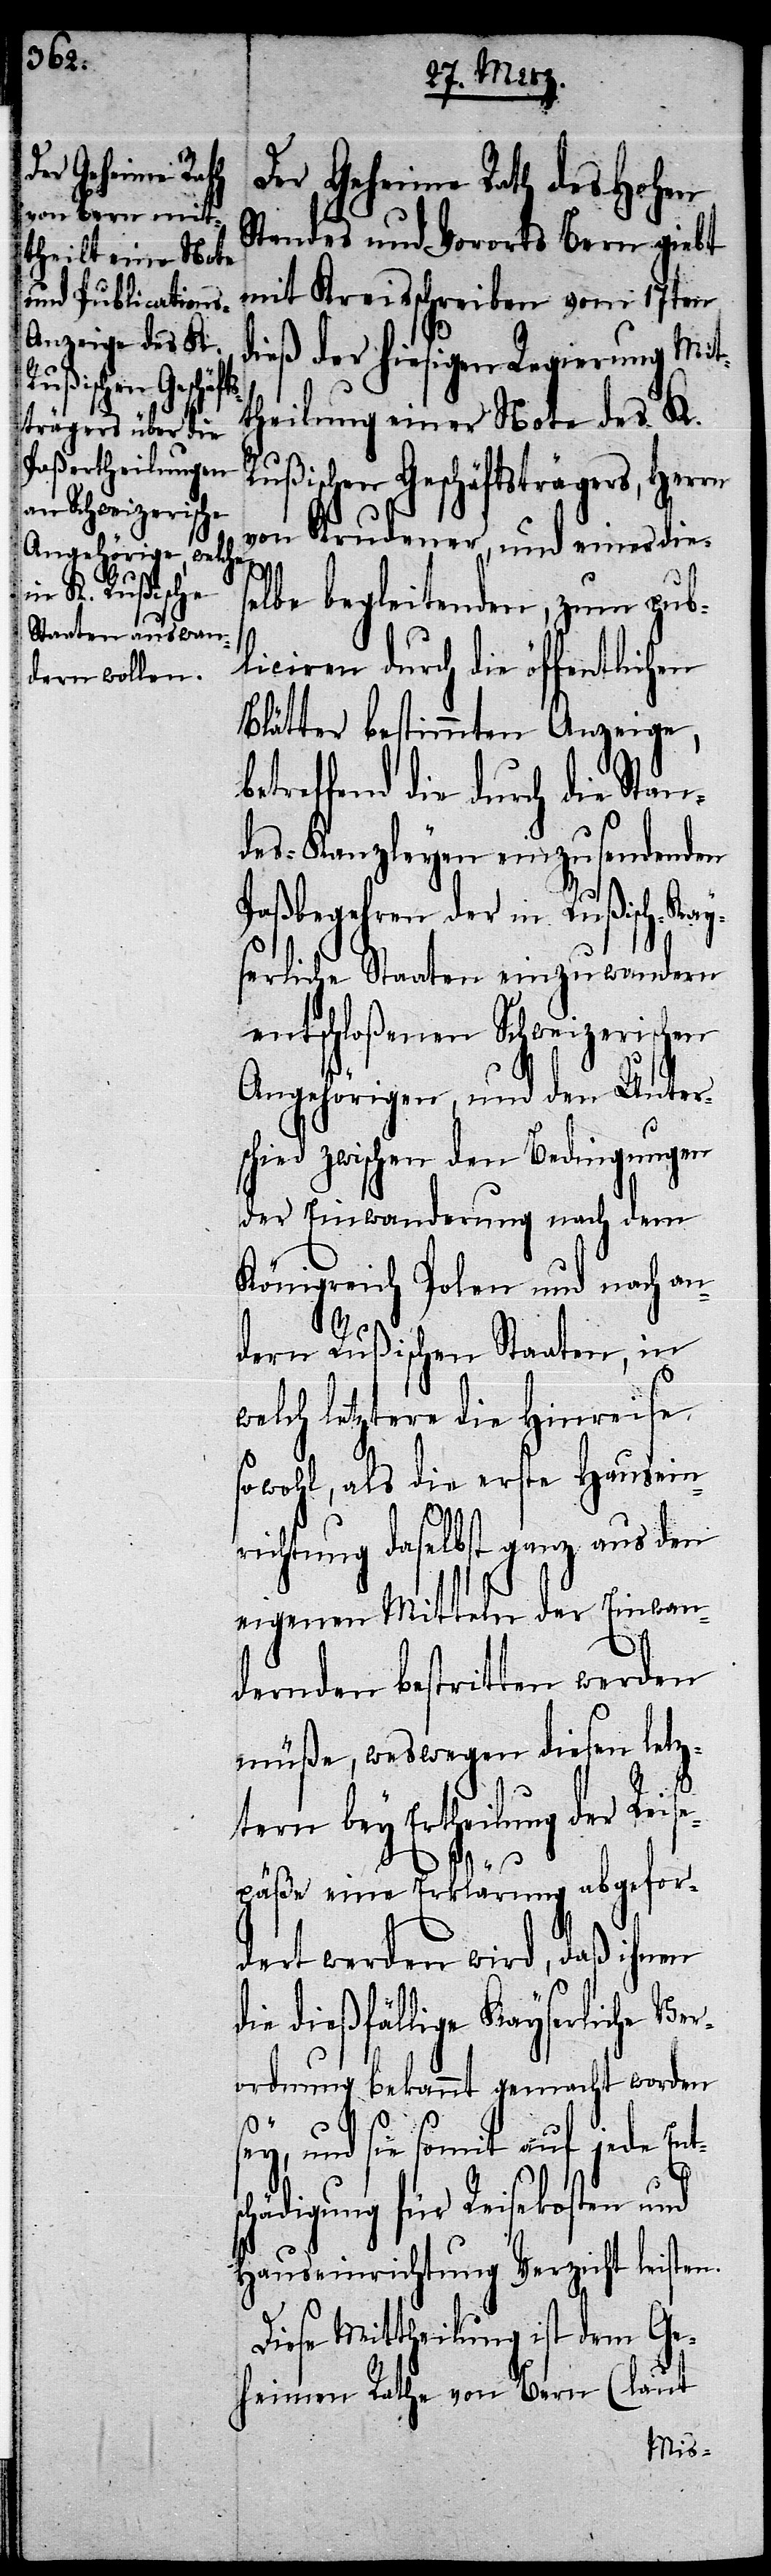
Der Geheime Rath des Hohen
Standes und Vororts Bern giebt
mit Kreisschreiben vom 17ten
dieß der hiesigen Regierung Mit¬
theilung einer Note des K.
Rußischen Geschäftsträgers, Herrn
von Krudener, und eines die¬
sc¬
selbe begleitenden, zum pub¬
liciren durch die öffentlichen
Blätter bestimmten Anzeige,
etreffend die durch die Stan¬
des-Kanzleyen einzusendenden
Paßbegehren der in Rußisch-Kay¬
serliche Staaten einzuwandern
entschloßenen Schweizerischen
Angehörigen, und den Unters¬
chied zwischen den Bedingungen
der Einwanderung nach dem
Königreich Polen und nach an¬
dern Rußischen Staaten, in
welch letztere die Hinreise
sowohl, als die erste Hausein¬
richtung daselbst ganz aus den
eigenen Mitteln der Einwan¬
dernden bestritten werden
müße, weswegen diesen letz¬
D¬
tern bey Ertheilung der Reise¬
päße eine Erklärung abgefor¬
dert werden wird, daß ihnen
die dießfällige Kayserliche Ve¬
rordnung bekannt gemacht worden
ey, und sie somit auf jede Ent¬
hädigung für Reisekosten und
Hauseinrichtung Verzicht leiste¬
iese Mittheilung ist dem Ge¬
heimen Rathe von Bern (laut